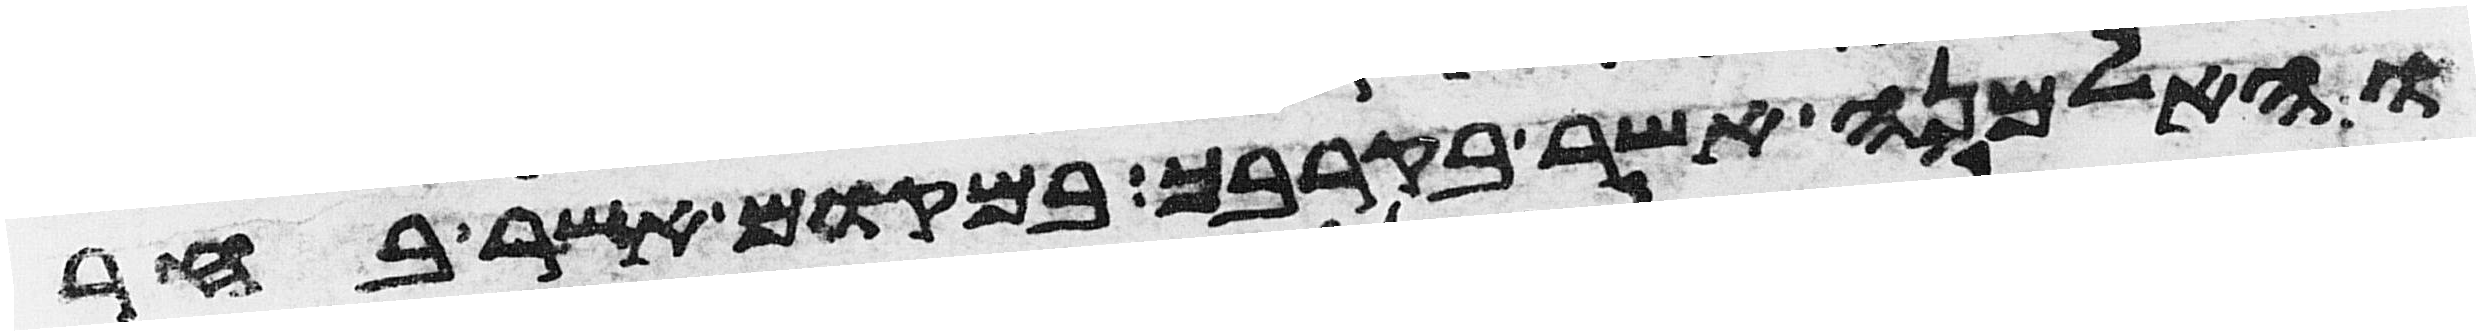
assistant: והאלמנה אשר בקרבך במקום אשר בחר